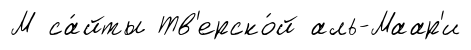
М са́йты Тв'ерско́й аль-Маар'и